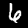
Digit: 6